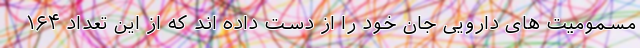
مسمومیت های دارویی جان خود را از دست داده اند که از این تعداد ۱۶۴